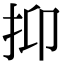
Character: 抑